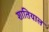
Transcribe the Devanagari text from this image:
शातियाल